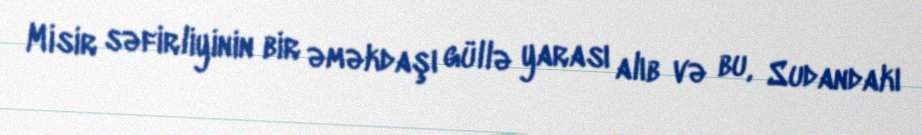
Misir səfirliyinin bir əməkdaşı güllə yarası alıb və bu, Sudandakı